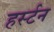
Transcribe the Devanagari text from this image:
हर्स्टन